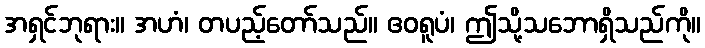
အရှင်ဘုရား။ အဟံ၊ တပည့်တော်သည်။ ဧဝရူပံ၊ ဤသို့သဘောရှိသည်ကို။